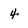
Character: 4